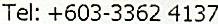
TEL: +603-3362 4137